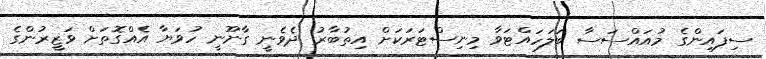
ސިފައިންގެ މުއައްސަސާ ބަލަހައްޓަވާ މިނިސްޓަރަކަށް އިތުބާރު ދެވެނީ ގާނޫނީ ހުވަޔާ އެއްގޮތަށް ވަޒީރުންގެ